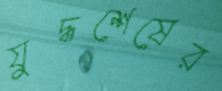
যুদ্ধশেষের